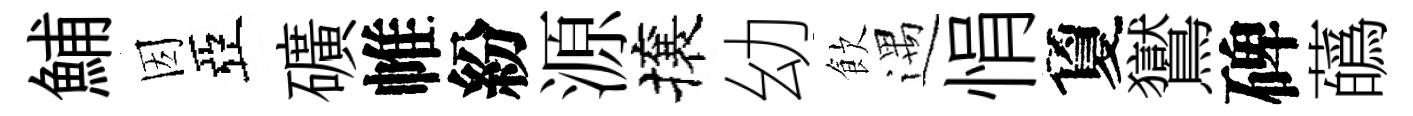
鯆因亞礦帷紛源攘幼飲遇悁夐鸑碑蘤